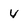
Character: 4